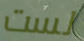
لست